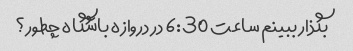
بگذار ببینم ساعت 6:30 در دروازه باشگاه چطور؟